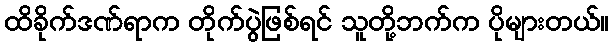
ထိခိုက်ဒဏ်ရာက တိုက်ပွဲဖြစ်ရင် သူတို့ဘက်က ပိုများတယ်။